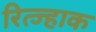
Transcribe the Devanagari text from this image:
रित्ज्हाक